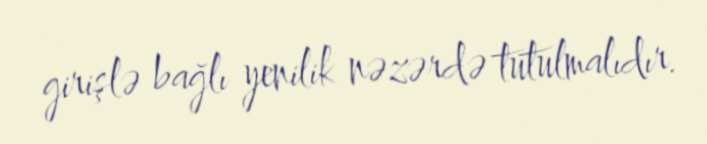
girişlə bağlı yenilik nəzərdə tutulmalıdır.